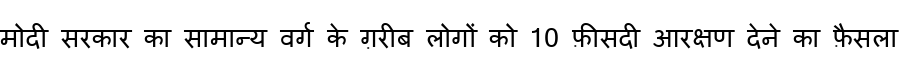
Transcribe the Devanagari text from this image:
मोदी सरकार का सामान्य वर्ग के ग़रीब लोगों को 10 फ़ीसदी आरक्षण देने का फ़ैसला